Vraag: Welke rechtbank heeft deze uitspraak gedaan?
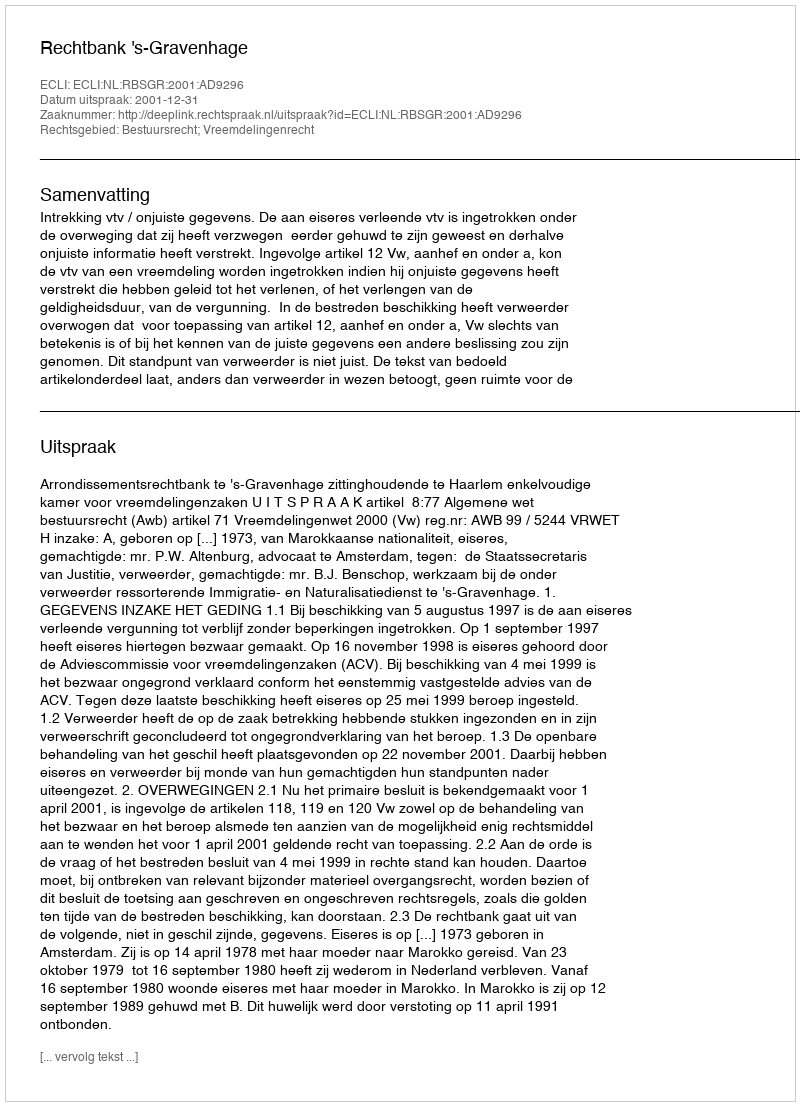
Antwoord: Rechtbank 's-Gravenhage